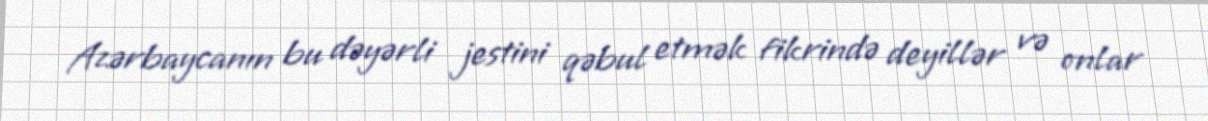
Azərbaycanın bu dəyərli jestini qəbul etmək fikrində deyillər və onlar